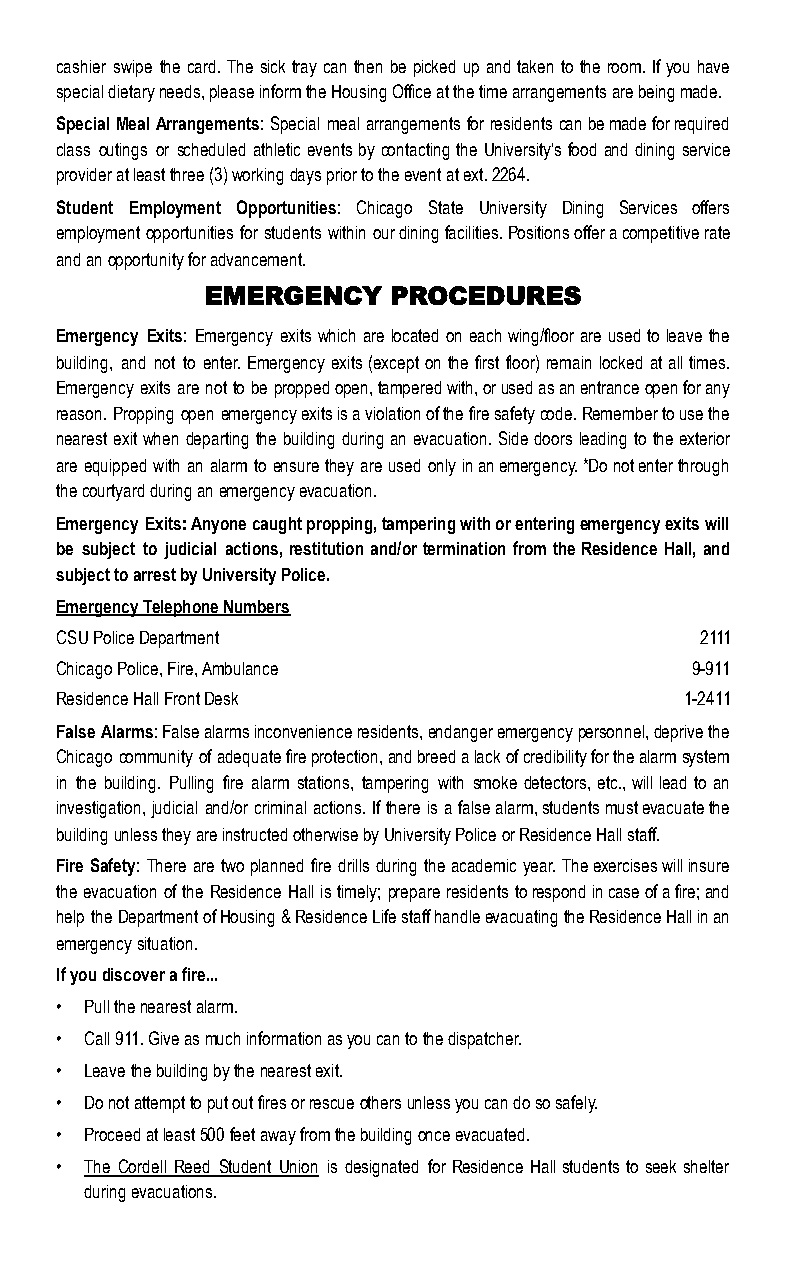
cashier swipe the card. The sick tray can then be picked up and taken to the room. If you have
 special dietary needs, please inform the Housing Office at the time arrangements are being made.
 Special Meal Arrangements: Special meal arrangements for residents can be made for required
 class outings or scheduled athletic events by contacting the University’s food and dining service
 provider at least three (3) working days prior to the event at ext. 2264.
 Student Employment Opportunities: Chicago State University Dining Services offers
 employment opportunities for students within our dining facilities. Positions offer a competitive rate
 and an opportunity for advancement.
 EMERGENCY   PROCEDURES
 Emergency Exits: Emergency exits which are located on each wing/floor are used to leave the
 building, and not to enter. Emergency exits (except on the first floor) remain locked at all times.
 Emergency exits are not to be propped open, tampered with, or used as an entrance open for any
 reason. Propping open emergency exits is a violation of the fire safety code. Remember to use the
 nearest exit when departing the building during an evacuation. Side doors leading to the exterior
 are equipped with an alarm to ensure they are used only in an emergency. *Do not enter through
 the courtyard during an emergency evacuation.
 Emergency Exits: Anyone caught propping, tampering with or entering emergency exits will
 be subject to judicial actions, restitution and/or termination from the Residence Hall, and
 subject to arrest by University Police.
 Emergency Telephone Numbers
 CSU Police Department                     2111
 Chicago Police, Fire, Ambulance           9-911
 Residence Hall Front Desk                1-2411
 False Alarms: False alarms inconvenience residents, endanger emergency personnel, deprive the
 Chicago community of adequate fire protection, and breed a lack of credibility for the alarm system
 in the building. Pulling fire alarm stations, tampering with smoke detectors, etc., will lead to an
 investigation, judicial and/or criminal actions. If there is a false alarm, students must evacuate the
 building unless they are instructed otherwise by University Police or Residence Hall staff.
 Fire Safety: There are two planned fire drills during the academic year. The exercises will insure
 the evacuation of the Residence Hall is timely; prepare residents to respond in case of a fire; and
 help the Department of Housing & Residence Life staff handle evacuating the Residence Hall in an
 emergency situation.
 If you discover a fire...
 • Pull the nearest alarm.
 • Call 911. Give as much information as you can to the dispatcher.
 • Leave the building by the nearest exit.
 • Do not attempt to put out fires or rescue others unless you can do so safely.
 • Proceed at least 500 feet away from the building once evacuated.
 • The Cordell Reed Student Union is designated for Residence Hall students to seek shelter
 during evacuations.